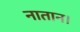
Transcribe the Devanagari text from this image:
नातान।